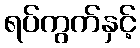
ရပ်ကွက်နှင့်